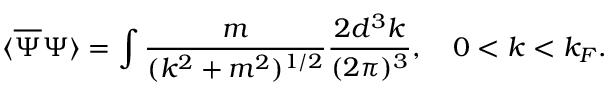
\langle { \overline { { \Psi } } } \Psi \rangle = \int { \frac { m } { ( k ^ { 2 } + m ^ { 2 } ) ^ { 1 / 2 } } } { \frac { 2 d ^ { 3 } k } { ( 2 \pi ) ^ { 3 } } } , \quad 0 < k < k _ { F } .